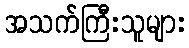
အသက်ကြီးသူများ